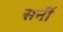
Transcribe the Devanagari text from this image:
सर्नी